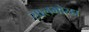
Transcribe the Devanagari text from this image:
सालभोरडा